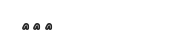
١٠٦